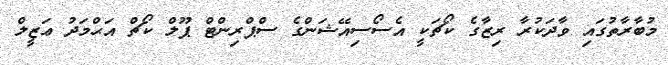
މުބާރާތުގައި ވާދަކުރާ ރިޒާގެ ކޯޗަކީ އެސޯސިއޭޝަންގެ ސްޕްރިންޓް ޕޫލް ކޯޗް އަޙްމަދު ޢަޒީލް